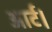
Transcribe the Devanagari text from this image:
आर्ट।